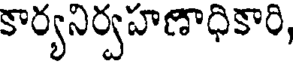
కార్యనిర్వహణాధికారి,